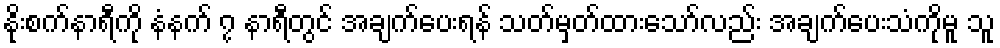
နိုးစက်နာရီကို နံနက် ၇ နာရီတွင် အချက်ပေးရန် သတ်မှတ်ထားသော်လည်း အချက်ပေးသံကိုမူ သူ